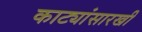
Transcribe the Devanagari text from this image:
काट्यांसारखी